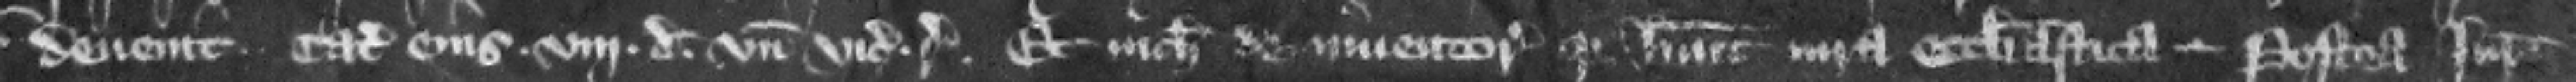
deuenit . catalla eius . viij. d. vicecomes respondeat. Et nichil de inventore quia habuit iura ecclesiastica. --- Postea iuratores